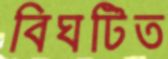
বিঘটিত